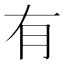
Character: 有